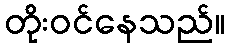
တိုးဝင်နေသည်။